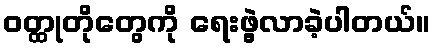
ဝတ္ထုတိုတွေကို ရေးဖွဲ့လာခဲ့ပါတယ်။